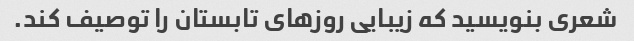
شعری بنویسید که زیبایی روزهای تابستان را توصیف کند.